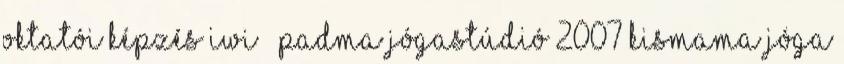
oktatói képzés IWI – Padma Jógastúdió 2007 Kismama Jóga